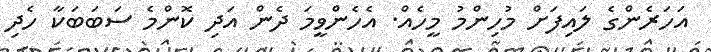
އަހަރެންގެ ލައިފަށް މުހިންމު މީހެއް. އެހެންވީމަ ދެން އަދި ކޮންމެ ސަބަބަކާ ހެދި